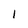
Character: 1